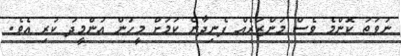
ނުވަތަ ކޮންމެ ވެސް މަންޒަރެއް ފެނިދާނެ ކަމަށް މީހުން އުންމީދު ކުރި އެވެ.